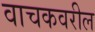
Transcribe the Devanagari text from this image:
वाचकवरील